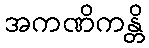
အကဏိကန္တိ